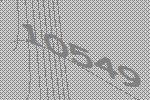
10549